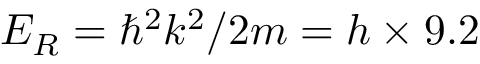
E _ { R } = \hbar ^ { 2 } k ^ { 2 } / 2 m = h \times 9 . 2